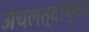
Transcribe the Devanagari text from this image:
अचलत्वाच्या